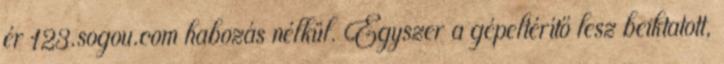
ér 123.sogou.com habozás nélkül. Egyszer a gépeltérítő lesz beiktatott,